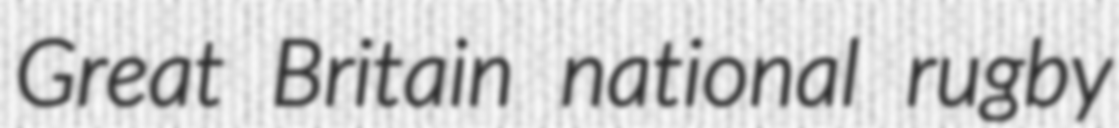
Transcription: Great Britain national rugby